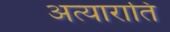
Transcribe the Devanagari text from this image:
अत्याराति